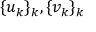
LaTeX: \{ u _ { k } \} _ { k } , \{ v _ { k } \} _ { k }